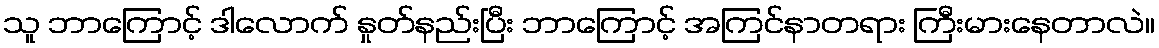
သူ ဘာကြောင့် ဒါလောက် နှုတ်နည်းပြီး ဘာကြောင့် အကြင်နာတရား ကြီးမားနေတာလဲ။